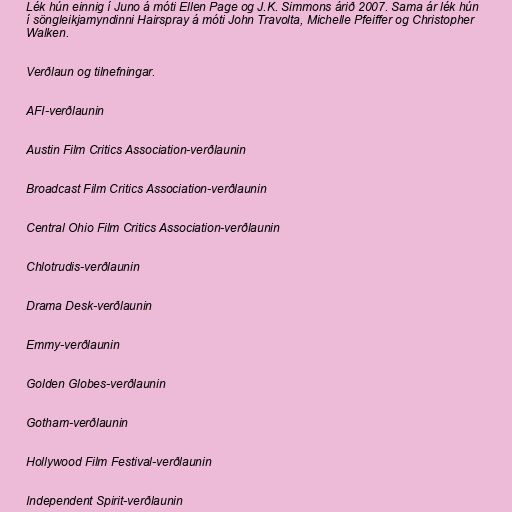
Lék hún einnig í Juno á móti Ellen Page og J.K. Simmons árið 2007. Sama ár lék hún
í söngleikjamyndinni Hairspray á móti John Travolta, Michelle Pfeiffer og Christopher
Walken.

Verðlaun og tilnefningar.

AFI-verðlaunin

Austin Film Critics Association-verðlaunin

Broadcast Film Critics Association-verðlaunin

Central Ohio Film Critics Association-verðlaunin

Chlotrudis-verðlaunin

Drama Desk-verðlaunin

Emmy-verðlaunin

Golden Globes-verðlaunin

Gotham-verðlaunin

Hollywood Film Festival-verðlaunin

Independent Spirit-verðlaunin